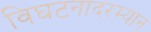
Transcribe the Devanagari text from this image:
विघटनादरम्यान